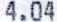
4.04